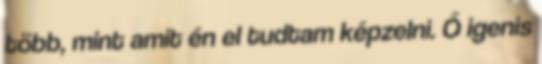
több, mint amit én el tudtam képzelni. Ő igenis